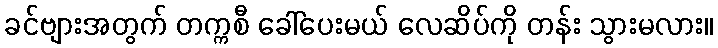
ခင်ဗျားအတွက် တက္ကစီ ခေါ်ပေးမယ် လေဆိပ်ကို တန်း သွားမလား။